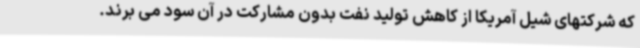
که شرکتهای شیل آمریکا از کاهش تولید نفت بدون مشارکت در آن سود می برند.